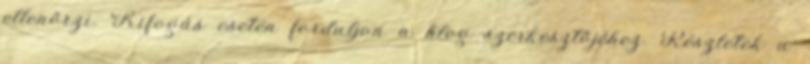
ellenőrzi. Kifogás esetén forduljon a blog szerkesztőjéhez. Részletek a